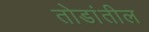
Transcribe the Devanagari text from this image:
तोडांतील